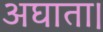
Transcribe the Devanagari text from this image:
अघाता।